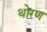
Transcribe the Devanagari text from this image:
थोरण